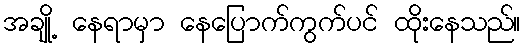
အချို့ နေရာမှာ နေပြောက်ကွက်ပင် ထိုးနေသည်။